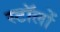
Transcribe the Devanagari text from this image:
स्टॉलों